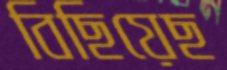
বিছিয়েছ